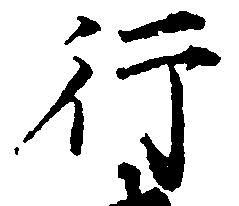
行